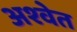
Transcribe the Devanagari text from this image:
अश्‍वेत